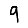
Digit: 9